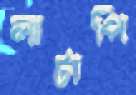
লাটাপি